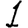
Digit: 1